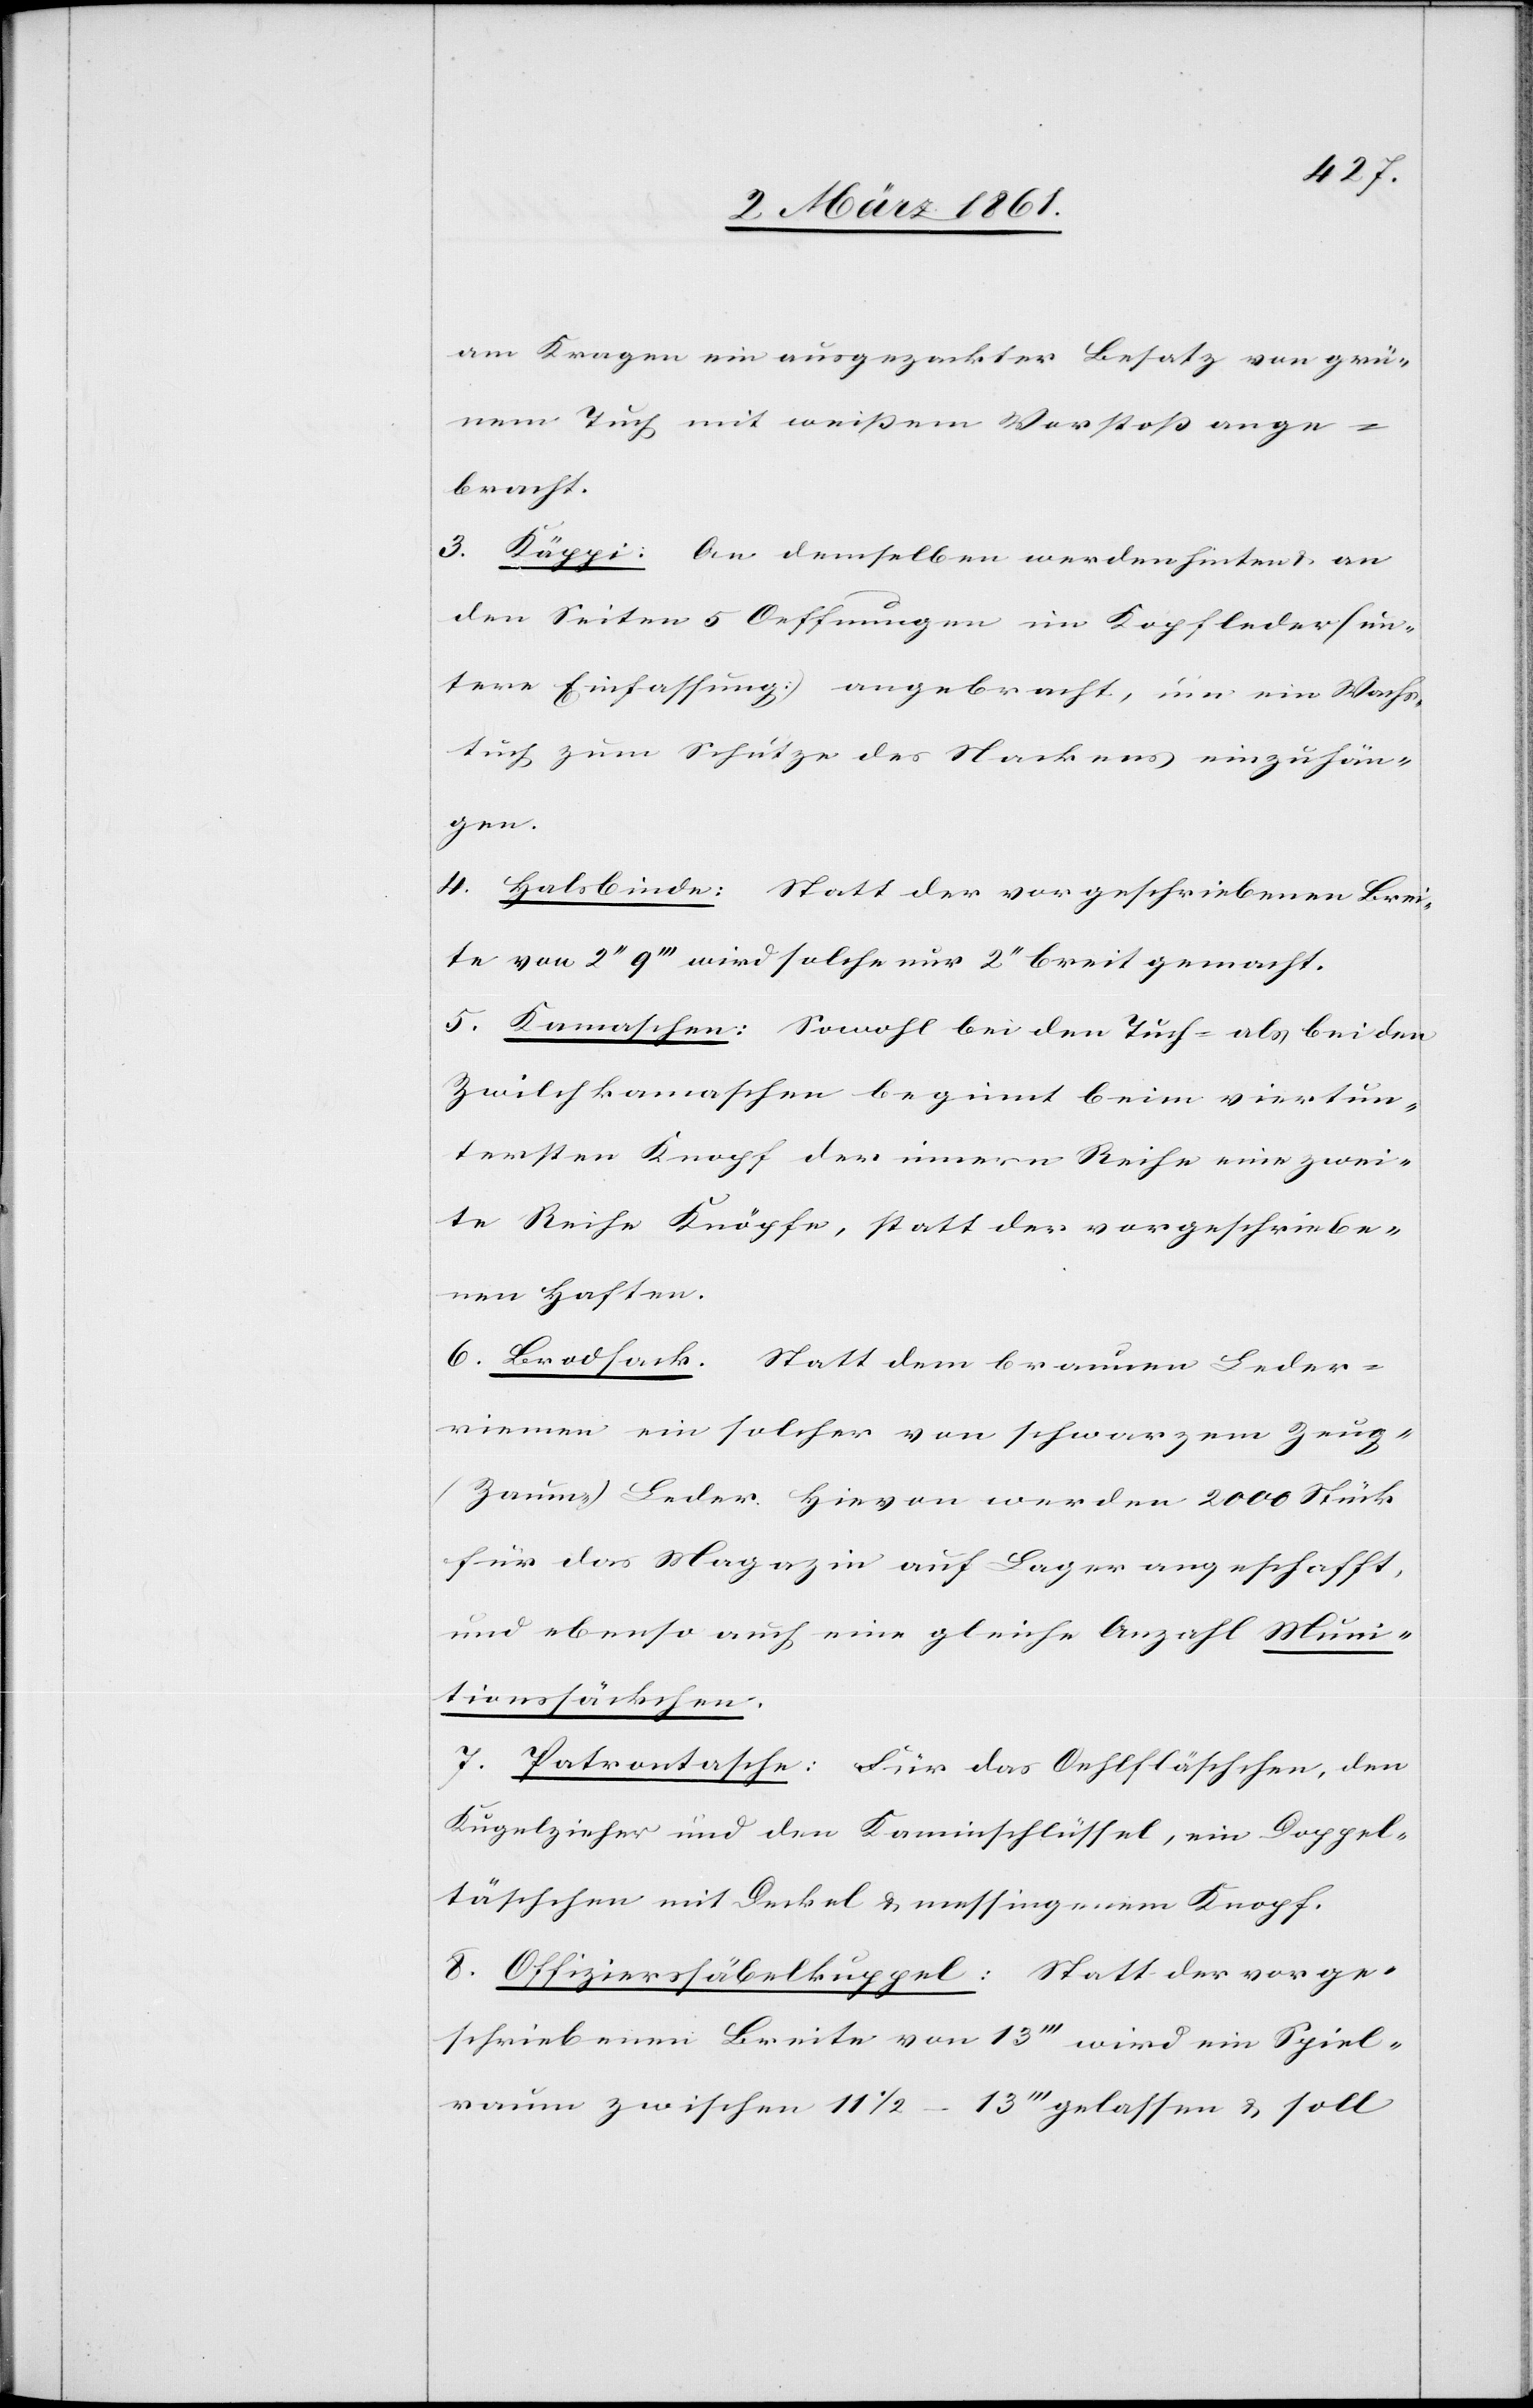
am Kragen ein ausgezackter Besatz von grü¬
nem Tuch mit weissem Vorstoss ange¬
bracht.
3. Käppi: An demselben werden hinten u. an
den Seiten 5 Oeffnungen im Kopfleder (un¬
tere Einfassung) angebracht, um ein Wachs¬
tuch zum Schutze des Nackens einzuhän¬
gen.
4. Halsbinden: Statt der vorgeschriebenen Brei¬
te von 2’’ 9’’’ wird solche nur 2’’ breit gemacht.
5. Kamaschen: Sowohl bei den Tuch- als bei den
Zwilchkamaschen beginnt beim viertun¬
tersten Knopf der innern Reihe eine zwei¬
te Reihe Knöpfe, statt der vorgeschriebe¬
nen Haften.
6. Brodsack. Statt dem braunen Leder¬
riemen ein solcher von schwarzem Zeug-
(Zaum) Leder. Hievon werden 2000 Stüc¬
k des Magazin auf Lager angeschafft
und ebenso auch eine gleiche Anzahl Muni¬
tionssäckchen.
7. Patrontasche: Für das Oehlfläschchen, den
Kugelziehen und den Kaminschlüssel, ein Doppel¬
täschchen mit Deckel u. messingenem Knopf.
8. Offizierssäbelkuppel: Statt der vorge¬
schriebenen Breite vom 13’’’ wird ein Spiel¬
raum zwischen 11 1/2–13’’’ gelassen u. soll